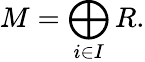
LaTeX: M=\bigoplus_{i\in I}R.